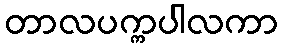
တာလပက္ကပါလကာ